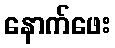
နောက်ဖေး